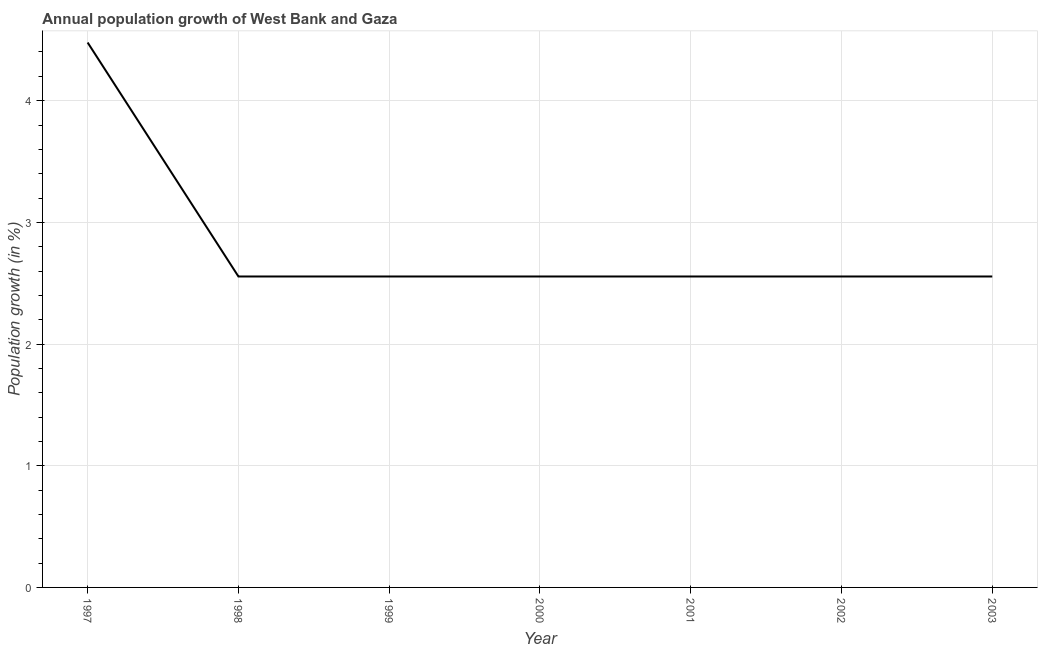
| Year | Population growth |
 | --- | --- |
 | 1997 | 4.48 |
 | 1998 | 2.56 |
 | 1999 | 2.56 |
 | 2000 | 2.56 |
 | 2001 | 2.56 |
 | 2002 | 2.56 |
 | 2003 | 2.56 |